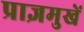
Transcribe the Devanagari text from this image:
प्राज्ञमुखें